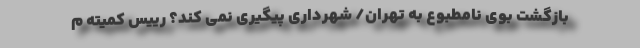
بازگشت بوی نامطبوع به تهران/ شهرداری پیگیری نمی کند؟ رییس کمیته م